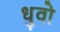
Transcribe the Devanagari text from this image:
धुवो